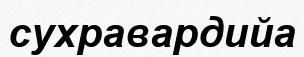
сухравардийа